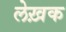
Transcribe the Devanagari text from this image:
लेख़क